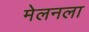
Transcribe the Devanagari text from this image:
मेलनला